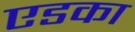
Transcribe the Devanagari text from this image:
एडका